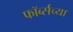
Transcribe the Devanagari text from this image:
फॉर्ब्सच्या